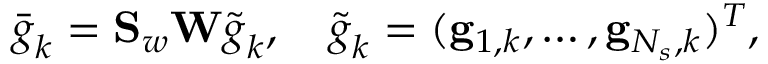
\Bar { \b { g } } _ { k } = \mathbf { S } _ { w } \mathbf { W } \widetilde { \b { g } } _ { k } , \quad \widetilde { \b { g } } _ { k } = ( \mathbf { g } _ { 1 , k } , \dots , \mathbf { g } _ { N _ { s } , k } ) ^ { T } ,